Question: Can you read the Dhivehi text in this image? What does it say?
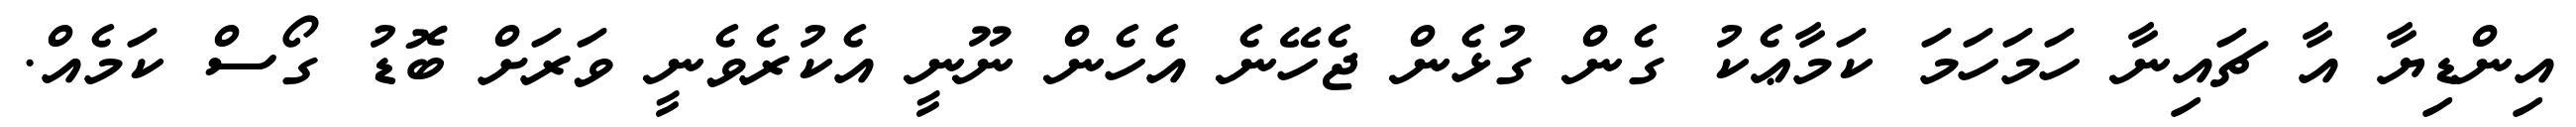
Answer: އިންޑިޔާ އާ ޗައިނާ ހަމަހަމަ ކަމާޢެކު ގެން ގުޅެން ޖެހޭނެ އެހެން ނޫނީ އެކުރެވެނީ ވަރަށް ބޮޑު ގޯސް ކަމެއް.